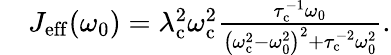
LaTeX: \begin{array}{rl}&{J_{\mathrm{eff}}(\omega_{0})=\lambda_{\mathrm{c}}^{2}\omega_{\mathrm{c}}^{2}\frac{\tau_{\mathrm{c}}^{-1}\omega_{0}}{\left(\omega_{\mathrm{c}}^{2}-\omega_{0}^{2}\right)^{2}+\tau_{\mathrm{c}}^{-2}\omega_{0}^{2}}.}\end{array}